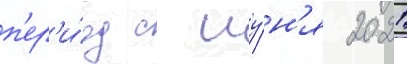
п'ер'и́од с иу́н'я 2021